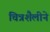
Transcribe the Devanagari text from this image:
चित्रशैलीने